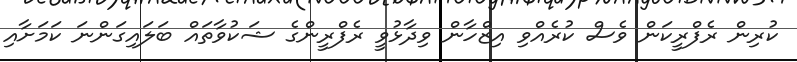
ކުރިން ރެފްރީކަން ވެސް ކުރެއްވި އިޒްހާން ވިދާޅުވީ ރެފްރީންގެ ޝަކުވާތައް ބަލައިގަންނަ ކަމަށާއި